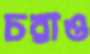
চরাও